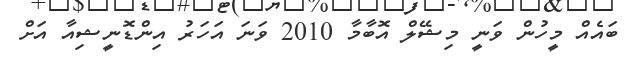
ބައެއް މީހުން ވަނީ މިޝޭލް އޮބާމާ 2010 ވަނަ އަހަރު އިންޑޮނީޝިއާ އަށް